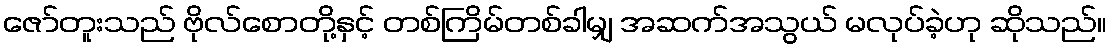
ဇော်တူးသည် ဗိုလ်စောတို့နှင့် တစ်ကြိမ်တစ်ခါမျှ အဆက်အသွယ် မလုပ်ခဲ့ဟု ဆိုသည်။